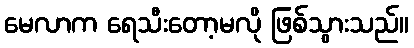
မေလာက ရေသီးတော့မလို ဖြစ်သွားသည်။